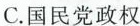
C.国民党政权